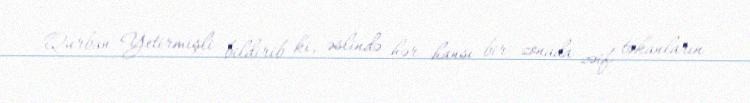
Qurban Yetirmişli bildirib ki, əslində hər hansı bir zonada zəif təkanların